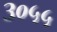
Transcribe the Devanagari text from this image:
३०५५